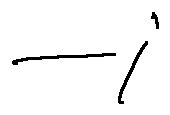
- i